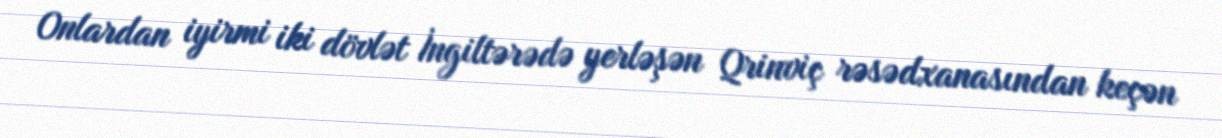
Onlardan iyirmi iki dövlət İngiltərədə yerləşən Qrinviç rəsədxanasından keçən